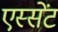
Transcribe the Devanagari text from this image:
एस्सेंट